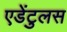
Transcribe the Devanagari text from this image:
एडेंटुलस